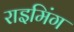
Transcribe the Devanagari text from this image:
राइमिंग